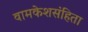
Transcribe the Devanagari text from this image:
वामकेशसंहिता